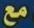
مع